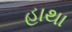
હાથા